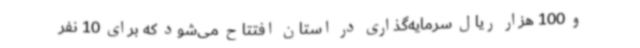
و 100 هزار ریال سرمایه‌گذاری در استان افتتاح می‌شود که برای 10 نفر